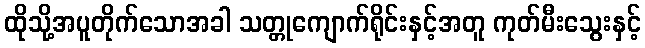
ထိုသို့အပူတိုက်သောအခါ သတ္တုကျောက်ရိုင်းနှင့်အတူ ကုတ်မီးသွေးနှင့်